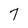
Character: 7